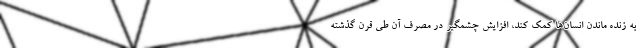
به زنده ماندن انسان‌ها کمک کند، افزایش چشمگیر در مصرف آن طی قرن گذشته